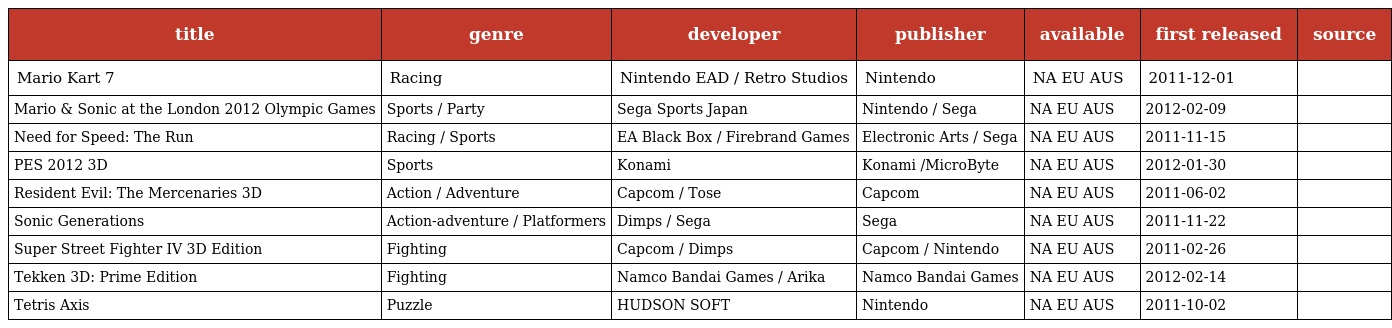
| title | genre | developer | publisher | available | first released | source |
 | --- | --- | --- | --- | --- | --- | --- |
 | Mario Kart 7 | Racing | Nintendo EAD / Retro Studios | Nintendo | NA EU AUS | 2011-12-01 |  |
 | Mario & Sonic at the London 2012 Olympic Games | Sports / Party | Sega Sports Japan | Nintendo / Sega | NA EU AUS | 2012-02-09 |  |
 | Need for Speed: The Run | Racing / Sports | EA Black Box / Firebrand Games | Electronic Arts / Sega | NA EU AUS | 2011-11-15 |  |
 | PES 2012 3D | Sports | Konami | Konami /MicroByte | NA EU AUS | 2012-01-30 |  |
 | Resident Evil: The Mercenaries 3D | Action / Adventure | Capcom / Tose | Capcom | NA EU AUS | 2011-06-02 |  |
 | Sonic Generations | Action-adventure / Platformers | Dimps / Sega | Sega | NA EU AUS | 2011-11-22 |  |
 | Super Street Fighter IV 3D Edition | Fighting | Capcom / Dimps | Capcom / Nintendo | NA EU AUS | 2011-02-26 |  |
 | Tekken 3D: Prime Edition | Fighting | Namco Bandai Games / Arika | Namco Bandai Games | NA EU AUS | 2012-02-14 |  |
 | Tetris Axis | Puzzle | HUDSON SOFT | Nintendo | NA EU AUS | 2011-10-02 |  |